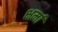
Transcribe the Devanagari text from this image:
क्षर्मा